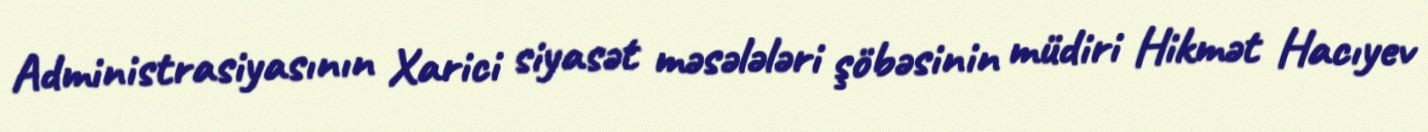
Administrasiyasının Xarici siyasət məsələləri şöbəsinin müdiri Hikmət Hacıyev